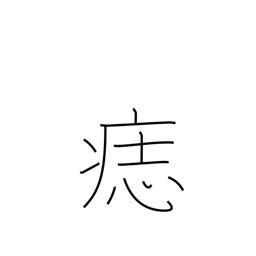
Meaning: birthmark